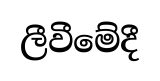
ලීවීමේදී